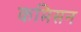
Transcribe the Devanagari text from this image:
कमिसन